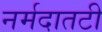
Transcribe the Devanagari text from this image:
नर्मदातटी